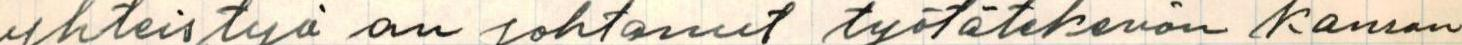
yhteistyö on johtanut työtätekevän kansan